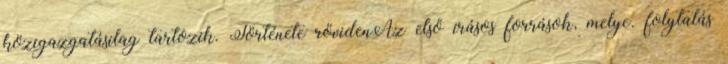
közigazgatásilag tartozik. Története rövidenAz első írásos források, melye. folytatás